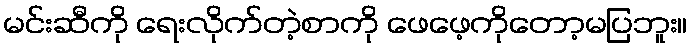
မင်းဆီကို ရေးလိုက်တဲ့စာကို ဖေဖေ့ကိုတော့မပြဘူး။